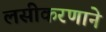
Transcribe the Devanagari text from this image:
लसीकरणाने